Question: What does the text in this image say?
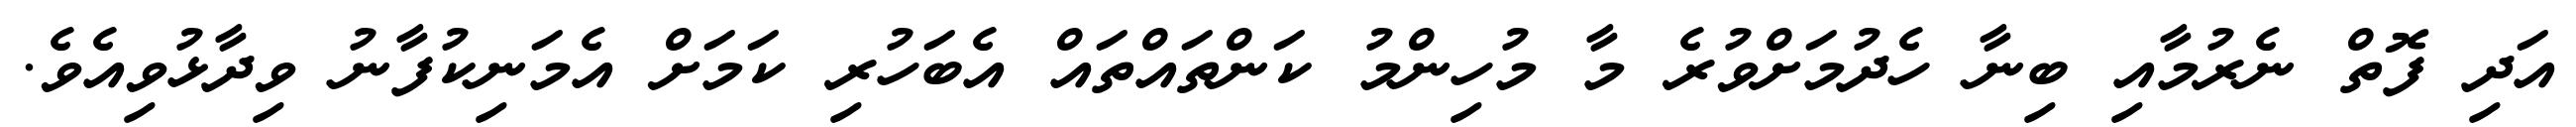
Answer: އަދި ފޮތް ނެރުމާއި ބިނާ ހެދުމަށްވުރެ މާ މުހިންމު ކަންތައްތައް އެބަހުރި ކަމަށް އެމަނިކުފާނު ވިދާޅުވިއެވެ.